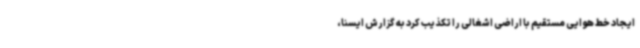
ایجاد خط هوایی مستقیم با اراضی اشغالی را تکذیب کرد به گزارش ایسنا،